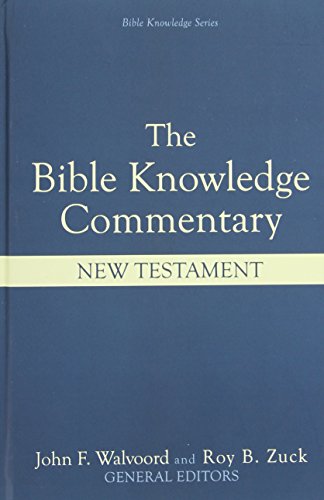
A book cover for The Bible Knowledge Commentary: An Exposition of the Scriptures by Dallas Seminary Faculty [New Testament Edition]; Christian Books & Bibles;